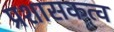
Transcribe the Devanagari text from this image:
प्रशासकत्व